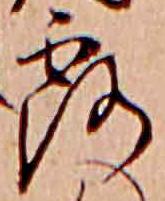
露